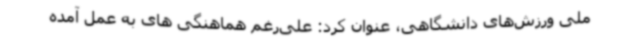
ملی ورزش‌های دانشگاهی، عنوان کرد: علی‌رغم هماهنگی های به عمل آمده